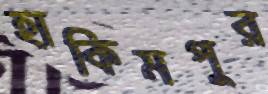
হাকিমপুর